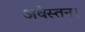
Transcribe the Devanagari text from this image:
अवेस्तन।